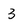
Character: 3